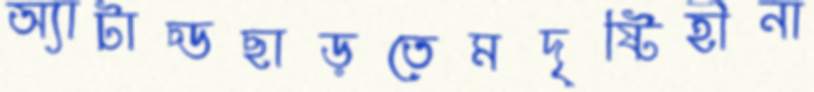
অ্যাটাচ্ডছাড়তেমদৃষ্টিহীনা